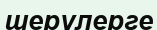
шерулерге